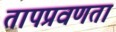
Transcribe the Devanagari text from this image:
तापप्रवणता